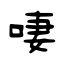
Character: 啛